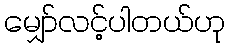
မျှော်လင့်ပါတယ်ဟု